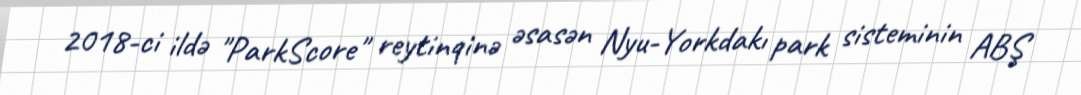
2018-ci ildə "ParkScore" reytinqinə əsasən Nyu-Yorkdakı park sisteminin ABŞ